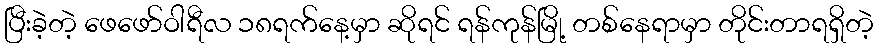
ပြီးခဲ့တဲ့ ဖေဖော်ဝါရီလ ၁၈ရက်နေ့မှာ ဆိုရင် ရန်ကုန်မြို့ တစ်နေရာမှာ တိုင်းတာရရှိတဲ့